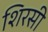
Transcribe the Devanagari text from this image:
शिरसी